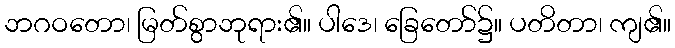
ဘဂဝတော၊ မြတ်စွာဘုရား၏။ ပါဒေ၊ ခြေတော်၌။ ပတိတာ၊ ကျ၏။